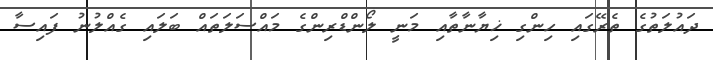
ދައުލަތުގެ ތެރޭގައި ހިންގި ޚިޔާނާތާއި މަނީ ލޯންޑްރިންގެ މައްސަލަތައް ބަލައި ގެއްލުނު ފައިސާ